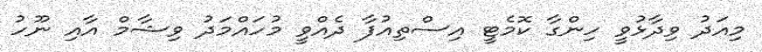
މިއަދު ވިދާޅުވީ ހިންގާ ކޮމެޓީ އިސްތިއުފާ ދެއްވީ މުހައްމަދު ވިޝާމް އާއި ނޫހު